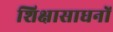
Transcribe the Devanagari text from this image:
शिक्षासाधनों